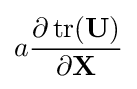
a{\frac {\partial \operatorname {tr} (\mathbf {U} )}{\partial \mathbf {X} }}